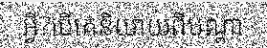
អ្វី?បើគេនិយាយពីបណ្តា